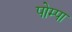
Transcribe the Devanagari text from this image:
पोम्पा